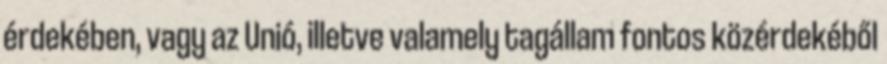
érdekében, vagy az Unió, illetve valamely tagállam fontos közérdekéből